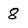
Character: 8